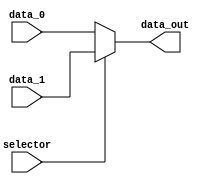
module mux_High(

    input  wire        selector,
    input  wire [31:0] data_0,
    input  wire [31:0] data_1,
    output wire [31:0] data_out

);

assign data_out = (selector) ? data_1 : data_0;

endmodule